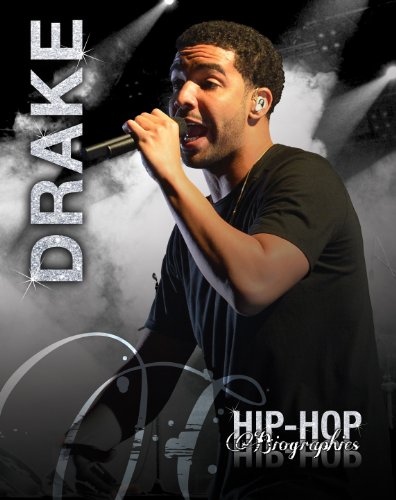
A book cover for Drake (Hip-Hop Biographies); Saddleback Educational Publishing; Teen & Young Adult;